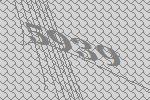
5939